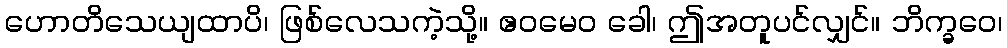
ဟောတိသေယျထာပိ၊ ဖြစ်လေသကဲ့သို့။ ဧဝမေဝ ခေါ၊ ဤအတူပင်လျှင်။ ဘိက္ခဝေ၊